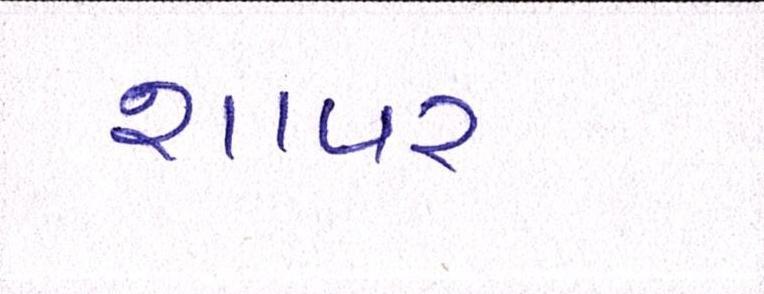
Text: શાપર